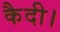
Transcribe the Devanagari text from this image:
कैदी।